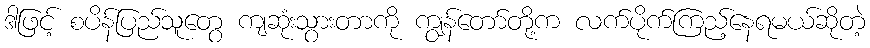
ဒါဖြင့် စပိန်ပြည်သူတွေ ကျဆုံးသွားတာကို ကျွန်တော်တို့က လက်ပိုက်ကြည့်နေရမယ်ဆိုတဲ့